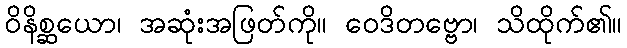
ဝိနိစ္ဆယော၊ အဆုံးအဖြတ်ကို။ ဝေဒိတဗ္ဗော၊ သိထိုက်၏။